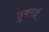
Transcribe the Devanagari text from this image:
ठुकराई